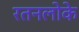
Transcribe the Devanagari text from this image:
रतनलोके